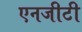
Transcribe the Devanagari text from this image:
एनजीटी